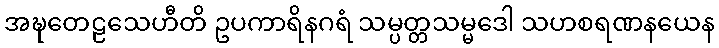
အဍ္ဎတေဠသေဟီတိ ဥပကာရိနဂရံ သမ္ပတ္တသမ္မဒေါ သဟစရဏနယေန